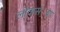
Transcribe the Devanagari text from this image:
लोकसं़या